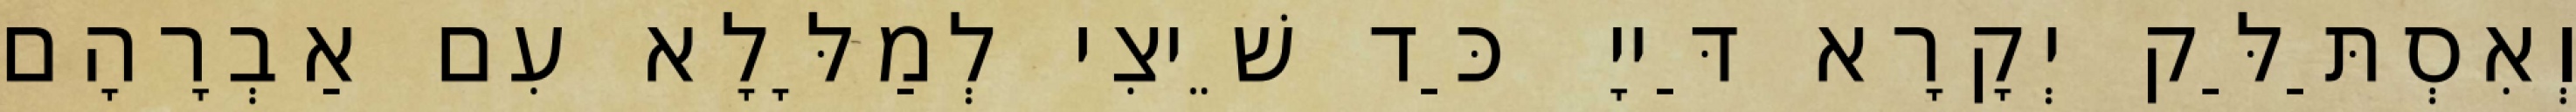
וְאִסְתַּלַּק יְקָרָא דַּייָ כַּד שֵׁיצִי לְמַלָּלָא עִם אַבְרָהָם